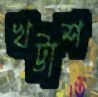
খট্টাশ